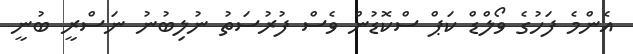
އެންމެ ފަހުގެ ވޯލްޑް ކަޕް ސްކޮޑުން ވެސް ފުރުސަތު ނުލިބުނު ނަސްރީ ބުނީ